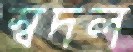
স্বদল